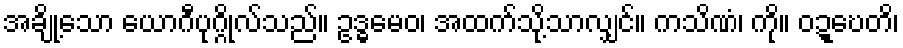
အချို့သော ယောဂီပုဂ္ဂိုလ်သည်။ ဥဒ္ဓမေဝ၊ အထက်သို့သာလျှင်။ ကသိဏံ၊ ကို။ ဝဍ္ဎေတိ၊